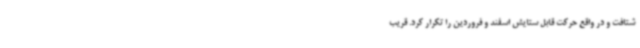
شتافت و در واقع حرکت قابل ستایش اسفند و فروردین را تکرار کرد. قریب